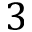
3